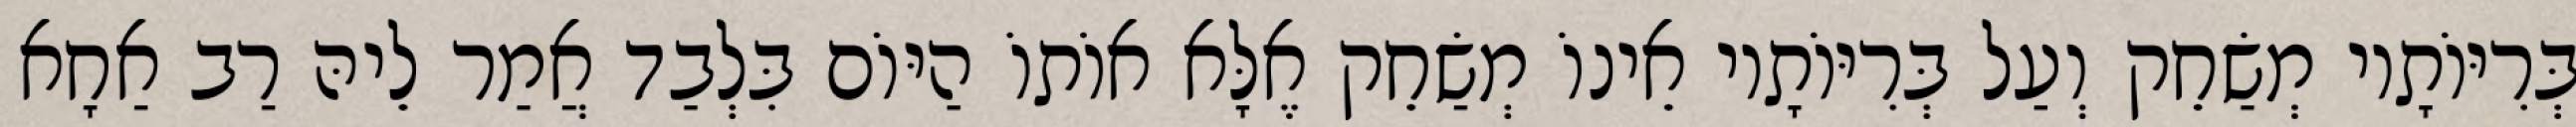
בְּרִיּוֹתָיו מְשַׂחֵק וְעַל בְּרִיּוֹתָיו אֵינוֹ מְשַׂחֵק אֶלָּא אוֹתוֹ הַיּוֹם בִּלְבַד אֲמַר לֵיהּ רַב אַחָא